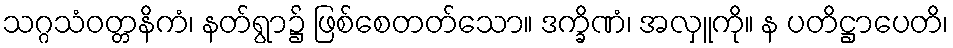
သဂ္ဂသံဝတ္တနိကံ၊ နတ်ရွာ၌ ဖြစ်စေတတ်သော။ ဒက္ခိဏံ၊ အလှူကို။ န ပတိဋ္ဌာပေတိ၊